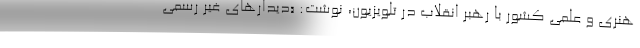
هنری و علمی کشور با رهبر انقلاب در تلویزیون، نوشت: «دیدارهای غیر رسمی